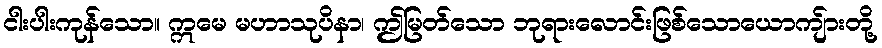
ငါးပါးကုန်သော။ ဣမေ မဟာသုပိနာ၊ ဤမြတ်သော ဘုရားလောင်းဖြစ်သောယောကျ်ားတို့